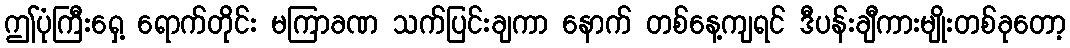
ဤပုံကြီးရှေ့ ရောက်တိုင်း မကြာခဏ သက်ပြင်းချကာ နောက် တစ်နေ့ကျရင် ဒီပန်းချီကားမျိုးတစ်ခုတော့